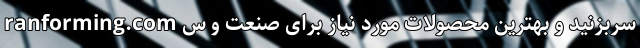
ranforming.com سربزنید و بهترین محصولاتِ موردِ نیاز برای صنعت و س